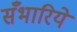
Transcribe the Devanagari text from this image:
सँभारिये